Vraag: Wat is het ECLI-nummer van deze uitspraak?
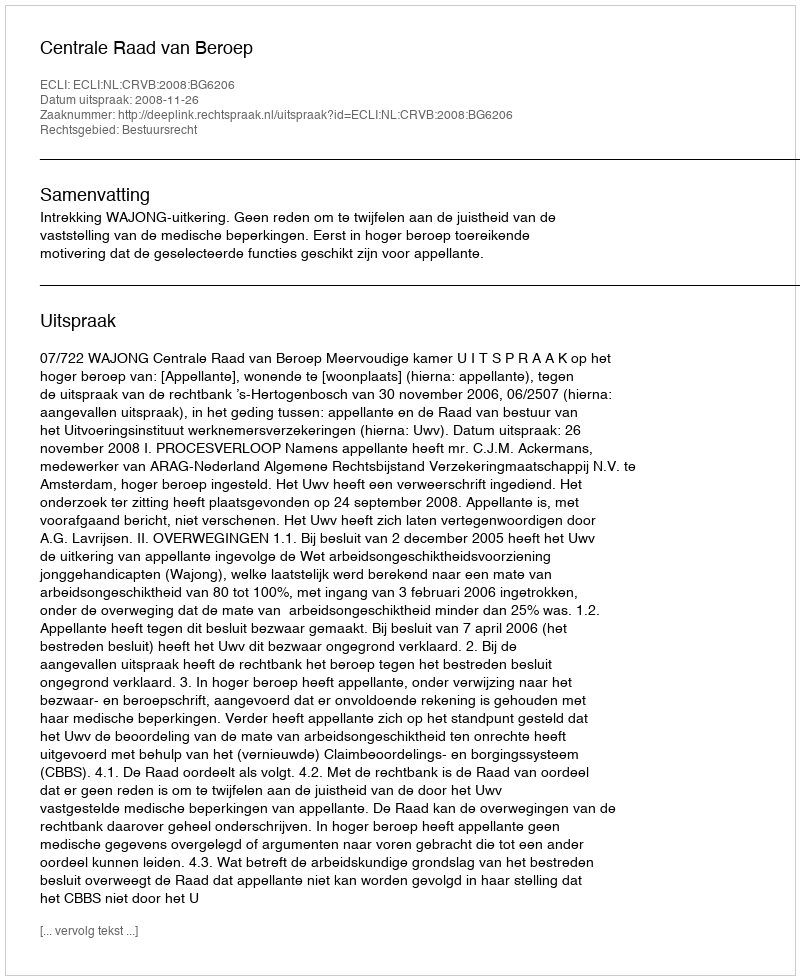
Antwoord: ECLI:NL:CRVB:2008:BG6206